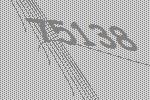
75138